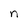
Character: n